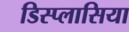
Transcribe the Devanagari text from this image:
डिस्प्लासिया